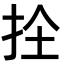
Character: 𭠜